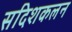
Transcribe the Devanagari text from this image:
सदिशकलन